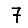
Digit: 7